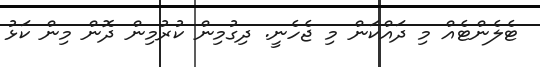
ޓެލެންޓެއް މި ދައްކަން މި ޖެހެނީ. ދިގުމިން ކުރުމިން ދޮން މިން ކަޅު